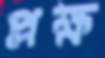
প্লক্ষ